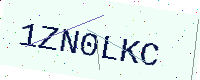
Text: 1ZN0LKC